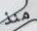
منذ